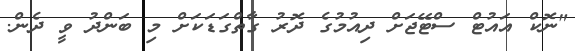
"ނޮކް އައުޓް ސްޓޭޖަށް ދިއުމުގެ ދޮރު ގާތްގަޑަކަށް މި ބަންދު ވީ ދެން.